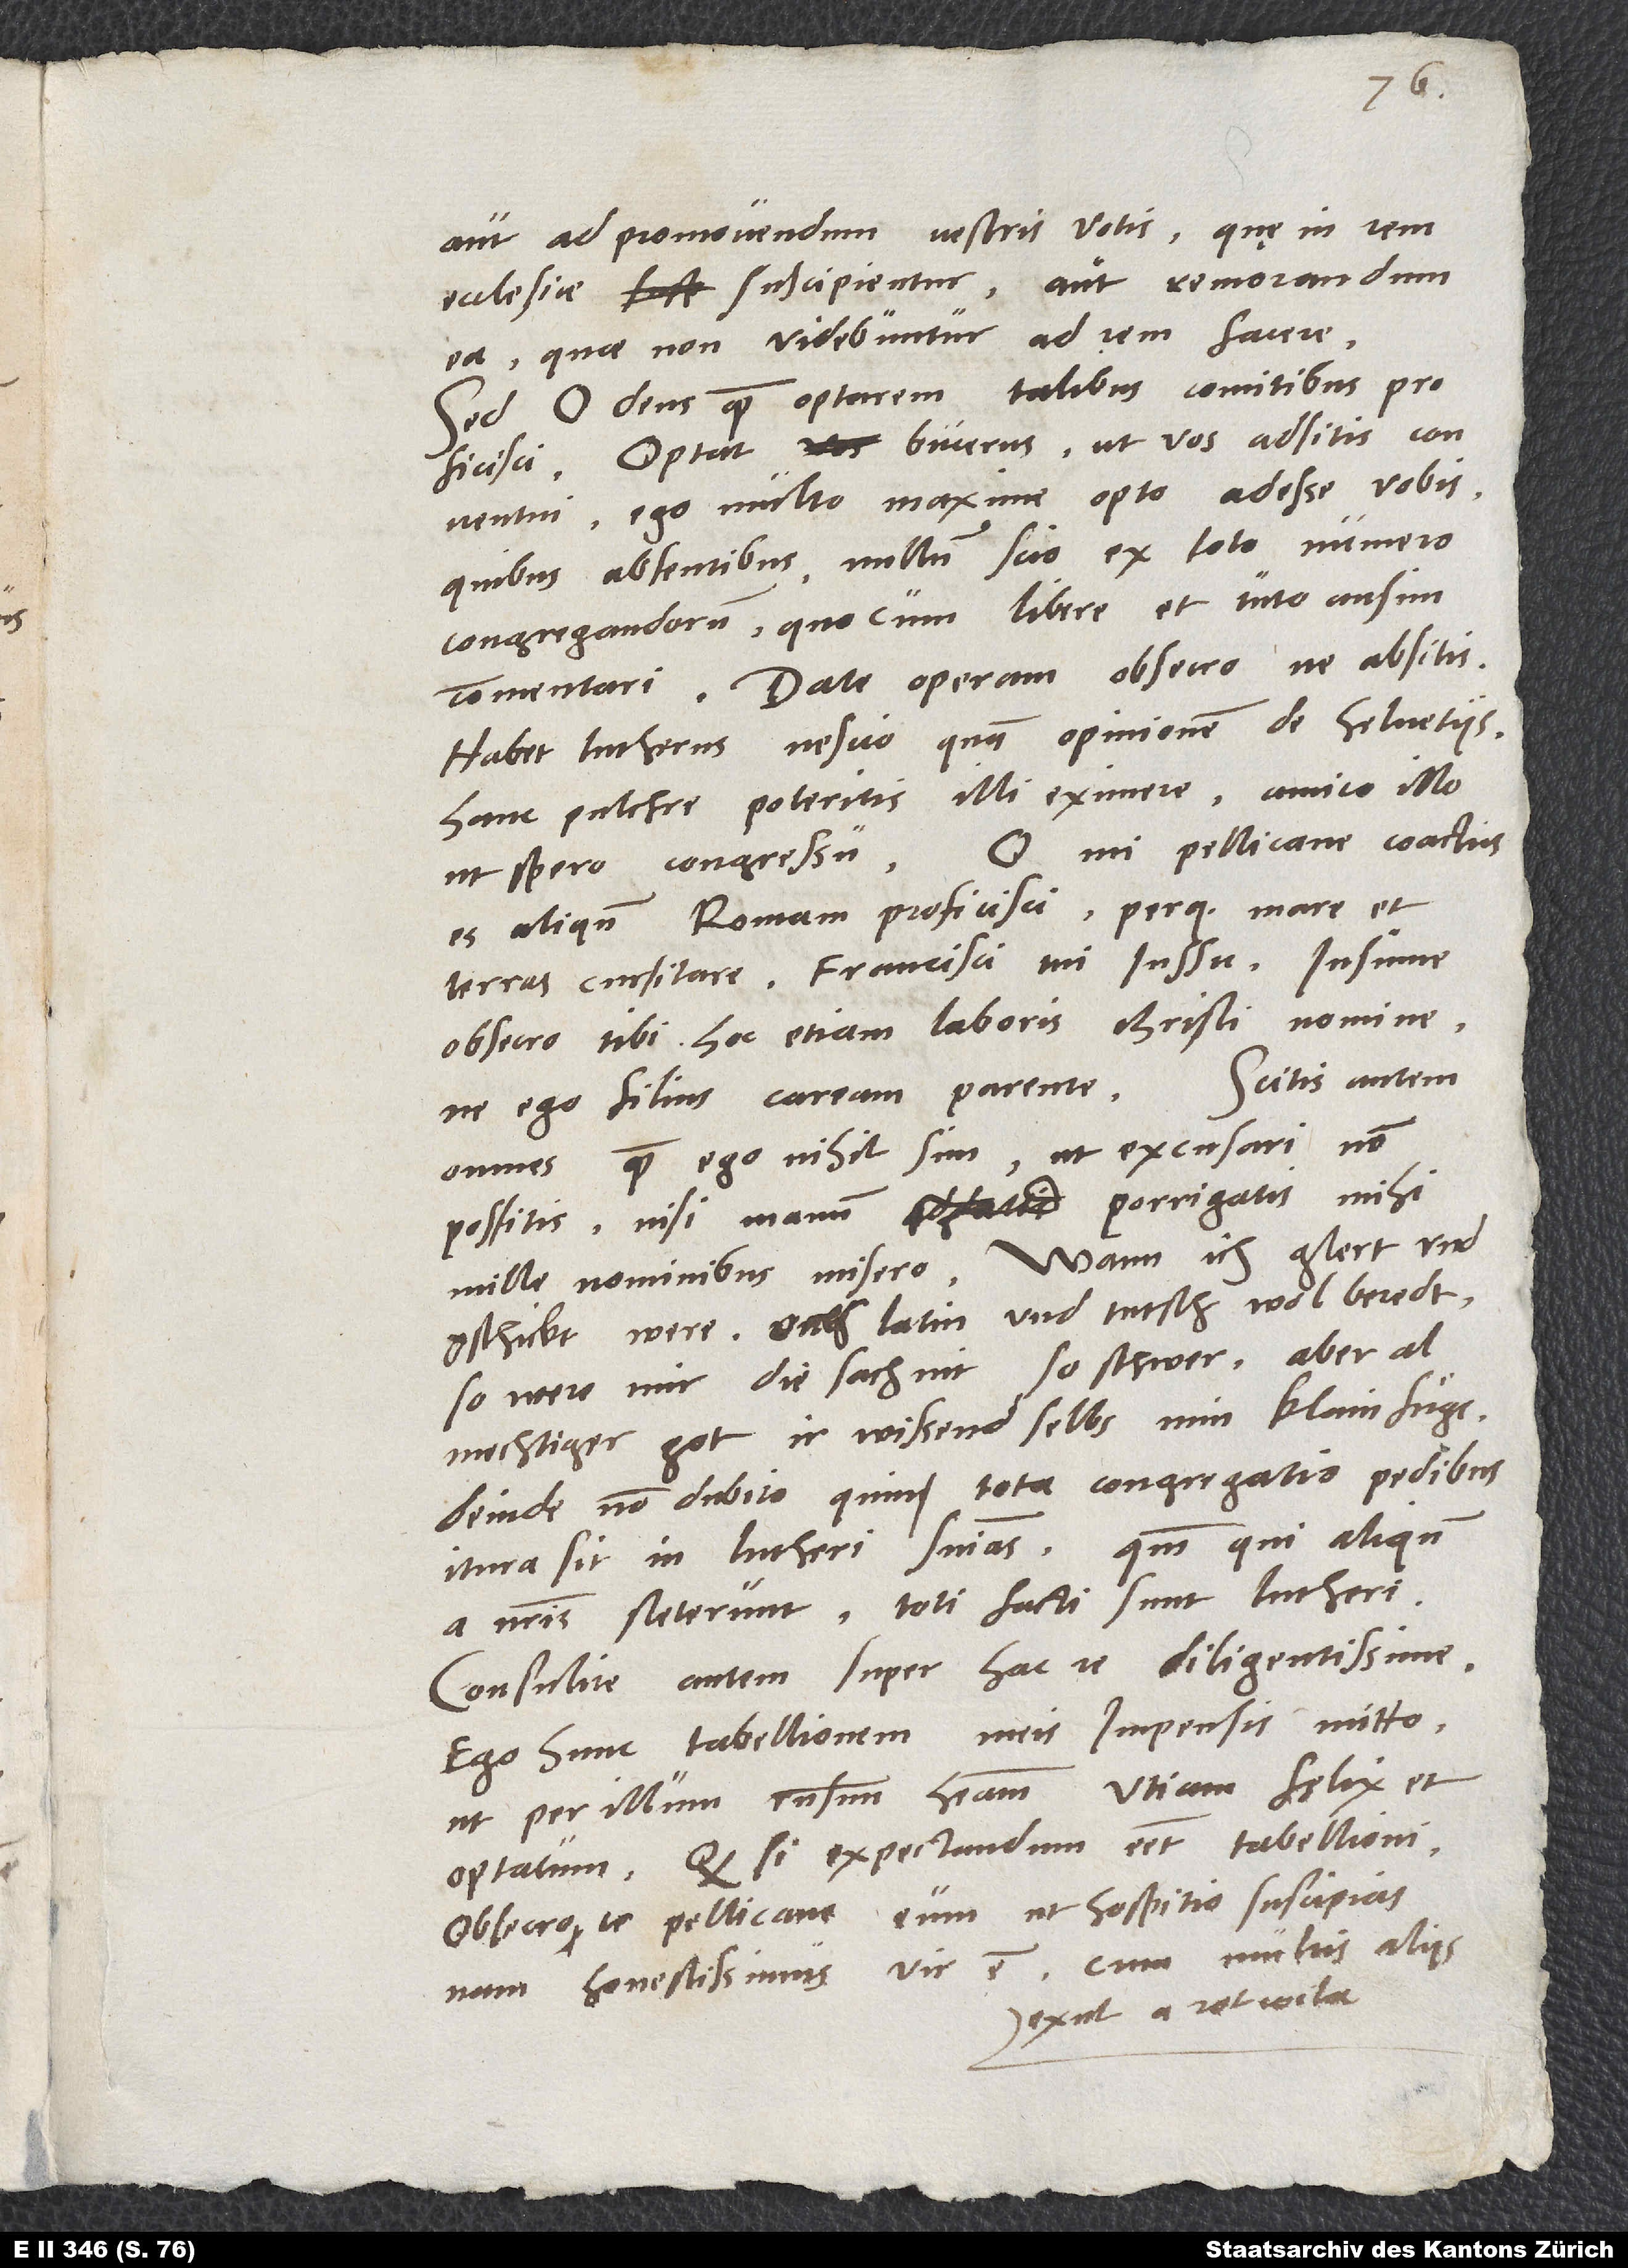
aut ad promovendum vestris votis, quę in rem
ecclesiae suscipientur, aut remorandum
ea, quae non videbuntur ad rem facere.
Sed, o deus, quam optarem talibus comitibus
proficisci! Optat Bucerus, ut vos adsitis conventui;
ego multo maxime opto adesse vos,
quibus absentibus nullum scio e toto numero
congregandorum, quocum libere et tuto ausim
commentari. Date operam, obsecro, ne absitis.
Habet Lutherus nescio quam opinionem de Helvetiis.
Hanc pulchre poteritis illi eximere amico illo,
O mi Pellicane, coactus
ut spero, congressu.
es aliquando Romam proficisci perque mare et
terras cursitare Francisci tui iussu. Insume,
obsecro, tibi hoc etiam laboris Christi nomine,
ne ego filius caream parente. Scitis autem
omnes, quam ego nihil sim, ut excusari non
possitis, nisi manum porrigatis mihi
mille nominibus misero. Wann ich glert und
gschickt were, ouch latin und tutsch wol beredt,
so were mir die sach nit so schwer; aber,
almechtiger got, ir wissend selbs min klainfuͤge.
Deinde non dubito, quin tota congregatio pedibus
itura sit in Lutheri sententias, quoniam, qui aliquando
a nostris steterunt, toti facti sunt Lutheri.
Consulite autem super hac re diligentissime.
Ego hunc tabellionem meis impensis mitto,
ut per illum responsum habeam; utinam fęlix et
optatum! Quodsi expectandum esset tabellioni,
obsecro te, Pellicane, eum ut hospitio suscipias;
nam honestissmus vir est, cum multis aliis
exul a Rotwila.